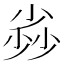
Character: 𡮏